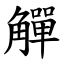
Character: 觶